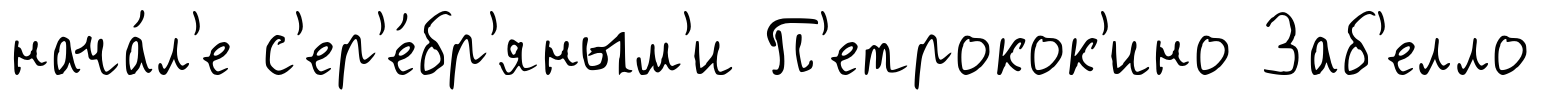
нача́л'е с'ер'е́бр'яным'и П'етрокок'ино Заб'елло